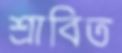
শ্রাবিত